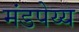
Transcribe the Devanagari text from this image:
मंडपेय्य